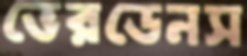
ভেরডেনস